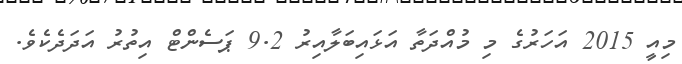
މިއީ 2015 އަހަރުގެ މި މުއްދަތާ އަޅައިބަލާއިރު 9.2 ޕަސެންޓް އިތުރު އަދަދެކެވެ.